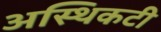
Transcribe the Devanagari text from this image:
अस्थिकटी